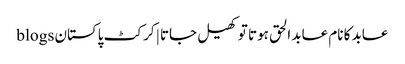
عابد کا نام عابد الحق ہوتا تو کھیل جاتا | کرکٹ پاکستان blogs